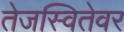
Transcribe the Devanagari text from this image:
तेजस्वितेवर